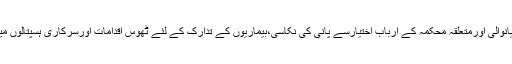
عوامی وسماجی حلقوں نے ڈی سی اومیانوالی اورمتعلقہ محکمہ کے ارباب اختیارسے پانی کی نکاسی،بیماریوں کے تدارک کے لئے ٹھوس اقدامات اورسرکاری ہسپتالوں میں ادویات کی فراہمی کامطالبہ کیا ہے۔